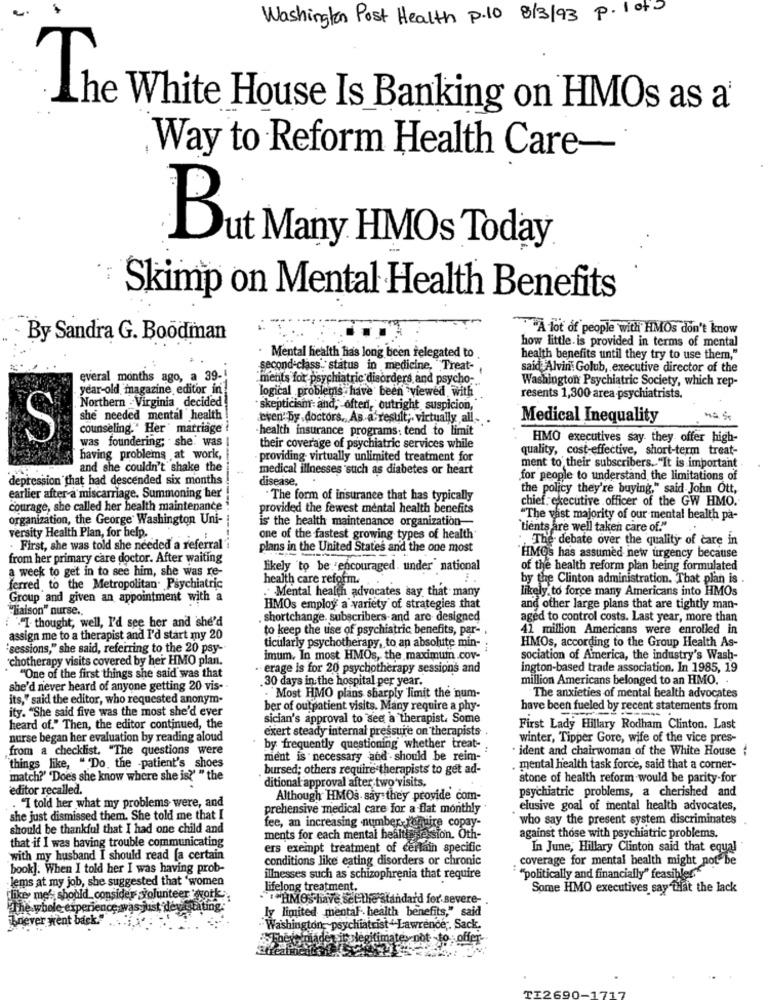
Washington Post Health P.10 8/3/93 P. 1 of 3
The White House Is Banking on HMOs as a'
-
Way to Reform Health Care-
But Many HMOs Today
Skimp on Mental Health Benefits
"A lot of people with HMOs don't know
By Sandra G. Boodman
how little. is provided in terms of mental
Mental health has long been relegated to
health benefits until they try to use them,"
second-class: status in medicine, "Treat- ,
said Alvin Golub, executive director of the
everal months ago, a 39-
"ments for psychiatric disorders and psycho-
Washington Psychiatric Society, which rep-
year-old magazine editor in
logical problems, have been viewed with
Northern . Virginia decided
resents 1,300 area-psychiatrists.
skepticism and, often, outright suspicion,
she needed mental health
even by doctors. As a result ;. virtually all-
Medical Inequality
counseling." Her marriage
health insurance programs: tend to limit
S
was foundering; she was
HMO executives say. they offer high-
their coverage of psychiatric services while
quality, cost-effective, short-term treat-
having problems at work,
providing virtually unlimited treatment for
and she couldn't shake the
medical illnesses such as diabetes or heart
ment to their subscribers."It is important
depression that had descended six months
disease.
for people to understand the limitations of
the policy they're buying," said John Ott,
earlier after a miscarriage. Summoning her
. The form of insurance that has typically
chief executive officer of the GW HMO.
courage, she called her health maintenance
provided the fewest mental health benefits
organization, the George Washington Uni-
is the health maintenance organization-
"The vast majority of our mental health pa-
versity Health Plan, for help.
`tients are well taken care of."
one of the fastest growing types of health'
., The debate over the quality of care in
. First, she was told she needed a referral
plans in the United States and the one most
from her primary care doctor. After waiting
"HMos has assumed new urgency because
a week to get in to see him, she was re-
likely to be encouraged. under" national
of the health reform plan being formulated
health care reform.
by the Clinton administration. That plan is .
ferred, to the Metropolitan Psychiatric
. Mental health advocates say that many
likely to force many Americans into HMOs
Group and given an appointment with a
"Liaison" nurse ..
HMOs employ a variety of strategies that
and other large plans that are tightly man-
""I thought, well, I'd see her and she'd
shortchange. subscribers-and are designed
aged to control costs. Last year, more than
to keep the use of psychiatric benefits, par- .
41 million Americans were enrolled in
assign me to a therapist and I'd start my 20
HMOs, according to the Group Health As-
"sessions," she said, referring to the 20 psy --
ticularly psychotherapy, to an absolute min-
chotherapy visits covered by her HMO plan.
imum. In most HMOs, the maximumn .cov-
sociation of America, the industry's Wash-
erage is for 20 psychotherapy sessions and
ington-based trade association. In 1985, 19
"One of the first things she said was that
30 days in the hospital per year.
million Americans belonged to an HMO. .
she'd never heard of anyone getting 20 vis-
its," said the editor, who requested anonym-
Most HMO plans sharply limit the num-
The anxieties of mental health advocates
ity. "She said five was the most she'd ever
ber of outpatient visits. Many require a phy-
have been fueled by recent statements from
sician's approval to see a therapist. Some
heard of." Then, the editor continued, the
exert steady internal pressure on therapists .
First Lady Hillary Rodham Clinton. Last
nurse began her evaluation by reading aloud
winter, Tipper Gore, wife of the vice pres-
from a checklist. "The questions were
by frequently questioning whether treat-
· ident and chairwoman of the White House :
ment is necessary and should be reim-
things like, " Do. the -patient's shoes
. bursed; others require therapists to get ad-
mental health task force, said that a corner-
match?' 'Does she know where she is?" " the
ditional approval after two visits,
stone of health reform would be parity-for
editor recalled.
psychiatric problems, a cherished and
Although HMOs say they provide com-
"I told her what my problems were, and
prehensive medical care for a flat monthly
elusive goal of mental health advocates,
she just dismissed them. She told me that I
who say the present system discriminates
should be thankful that I had one child and
fee, an increasing number require copay-
ments for each mental healthessession. Oth-
against those with psychiatric problems.
that if I was having trouble communicating
ers exempt treatment of certain specific
In June, Hillary Clinton said that equal
with my husband I should read [a certain
conditions like eating disorders or chronic
coverage for mental health might not be
book]. When I told her I was having prob-
lems at my job, she suggested that 'women
illnesses such as schizophrenia that require
" "politically and financially" feasiblee"
lifelong treatment.
Some HMO executives say that the lack
hike me'; should consider volunteer work"
CHMOs have set-the standard for severe-
The whole experiences
sjust devastating.
ly limited mental health benefits," said
bnever went back."
Washington- psychiatrist" Lawrence ;. Sack.
sitt legitimate, not -to offer-
TI2690